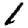
Digit: 1